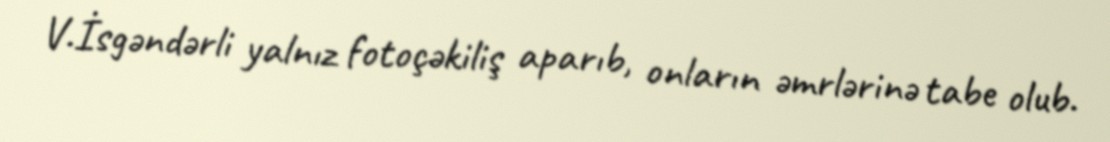
V.İsgəndərli yalnız fotoçəkiliş aparıb, onların əmrlərinə tabe olub.